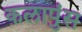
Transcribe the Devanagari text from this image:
कलापुंस